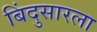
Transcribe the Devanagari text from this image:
बिंदुसारला